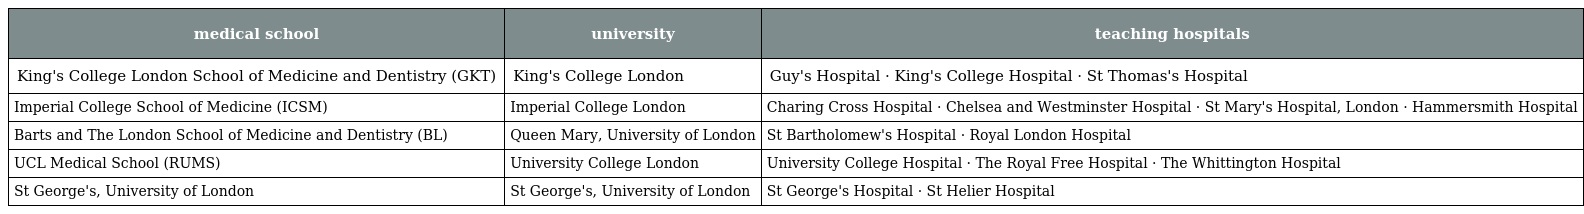
| medical school | university | teaching hospitals |
 | --- | --- | --- |
 | King's College London School of Medicine and Dentistry (GKT) | King's College London | Guy's Hospital · King's College Hospital · St Thomas's Hospital |
 | Imperial College School of Medicine (ICSM) | Imperial College London | Charing Cross Hospital · Chelsea and Westminster Hospital · St Mary's Hospital, London · Hammersmith Hospital |
 | Barts and The London School of Medicine and Dentistry (BL) | Queen Mary, University of London | St Bartholomew's Hospital · Royal London Hospital |
 | UCL Medical School (RUMS) | University College London | University College Hospital · The Royal Free Hospital · The Whittington Hospital |
 | St George's, University of London | St George's, University of London | St George's Hospital · St Helier Hospital |